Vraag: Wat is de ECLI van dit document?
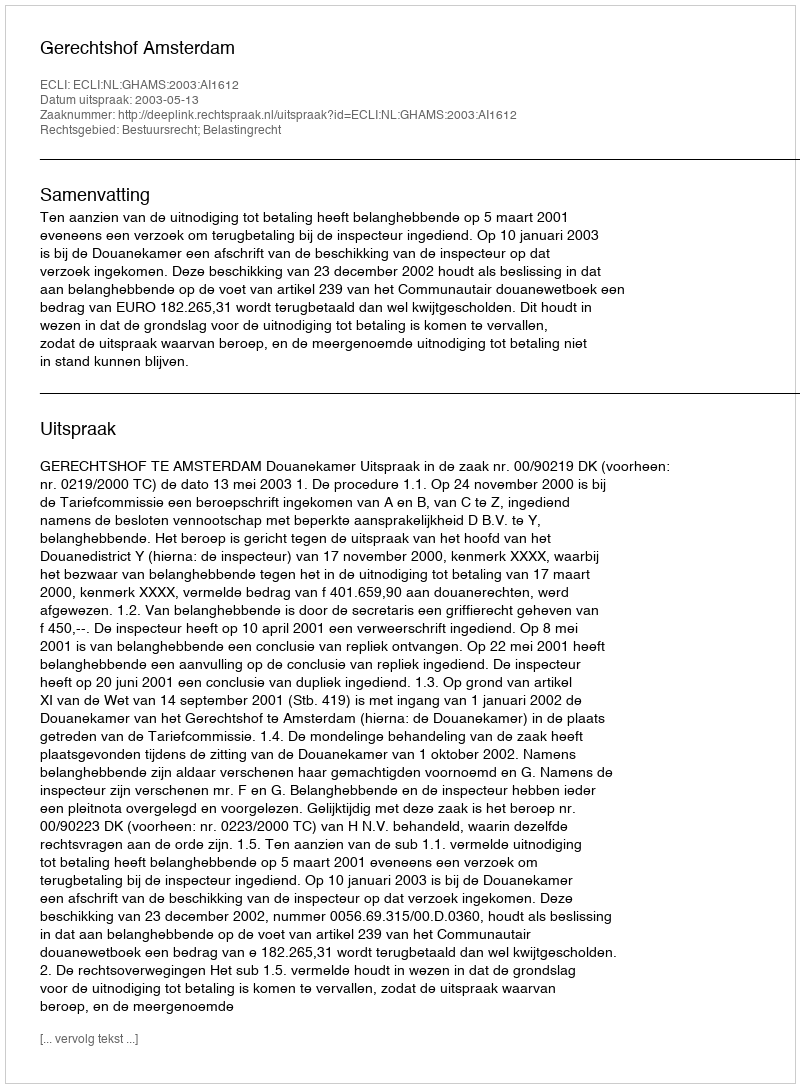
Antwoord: ECLI:NL:GHAMS:2003:AI1612